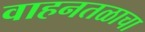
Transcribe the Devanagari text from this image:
वाहनतळाचा